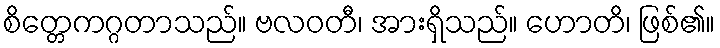
စိတ္တေကဂ္ဂတာသည်။ ဗလဝတီ၊ အားရှိသည်။ ဟောတိ၊ ဖြစ်၏။